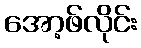
အော့ဖ်လိုင်း